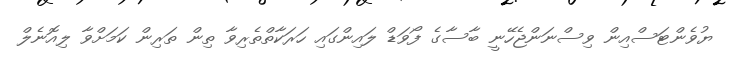
ޔުވެންޓަސްއިން ވިސްނަންޖެހޭނީ ބާސާގެ ފޯވަޑް ލައިންގައި ހަރަކާތްތެރިވާ ތިން ތަރިން ކަމަށްވާ ލިއޮނެލް